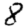
Digit: 8